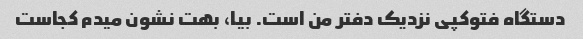
دستگاه فتوکپی نزدیک دفتر من است. بیا، بهت نشون میدم کجاست